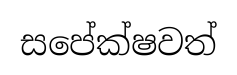
සපේක්ෂවත්